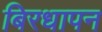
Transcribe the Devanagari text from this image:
बिरधापन